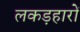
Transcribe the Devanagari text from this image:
लकड़हारों